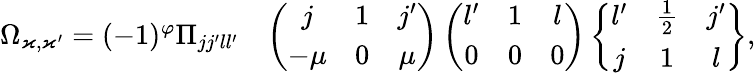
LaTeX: \begin{array}{rl}{\Omega_{\varkappa,\varkappa^{\prime}}=(-1)^{\varphi}\Pi_{jj^{\prime}ll^{\prime}}}&{\left(\begin{array}{ccc}{j}&{1}&{j^{\prime}}\\ {-\mu}&{0}&{\mu}\end{array}\right)\left(\begin{array}{ccc}{l^{\prime}}&{1}&{l}\\ {0}&{0}&{0}\end{array}\right)\left\{ \begin{array}{ccc}{l^{\prime}}&{\frac 12}&{j^{\prime}}\\ {j}&{1}&{l}\end{array}\right\} ,}\end{array}